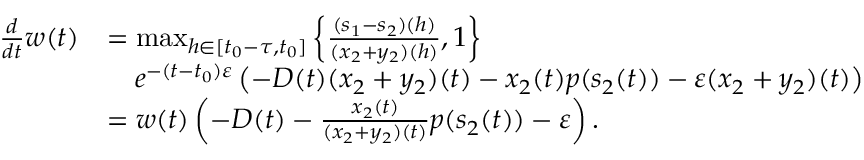
\begin{array} { r l } { \frac { d } { d t } w ( t ) } & { = \operatorname* { m a x } _ { h \in [ t _ { 0 } - \tau , t _ { 0 } ] } \left\{ \frac { ( s _ { 1 } - s _ { 2 } ) ( h ) } { ( x _ { 2 } + y _ { 2 } ) ( h ) } , 1 \right\} } \\ & { \quad e ^ { - ( t - t _ { 0 } ) \varepsilon } \left( - D ( t ) ( x _ { 2 } + y _ { 2 } ) ( t ) - x _ { 2 } ( t ) p ( s _ { 2 } ( t ) ) - \varepsilon ( x _ { 2 } + y _ { 2 } ) ( t ) \right) } \\ & { = w ( t ) \left( - D ( t ) - \frac { x _ { 2 } ( t ) } { ( x _ { 2 } + y _ { 2 } ) ( t ) } p ( s _ { 2 } ( t ) ) - \varepsilon \right) . } \end{array}